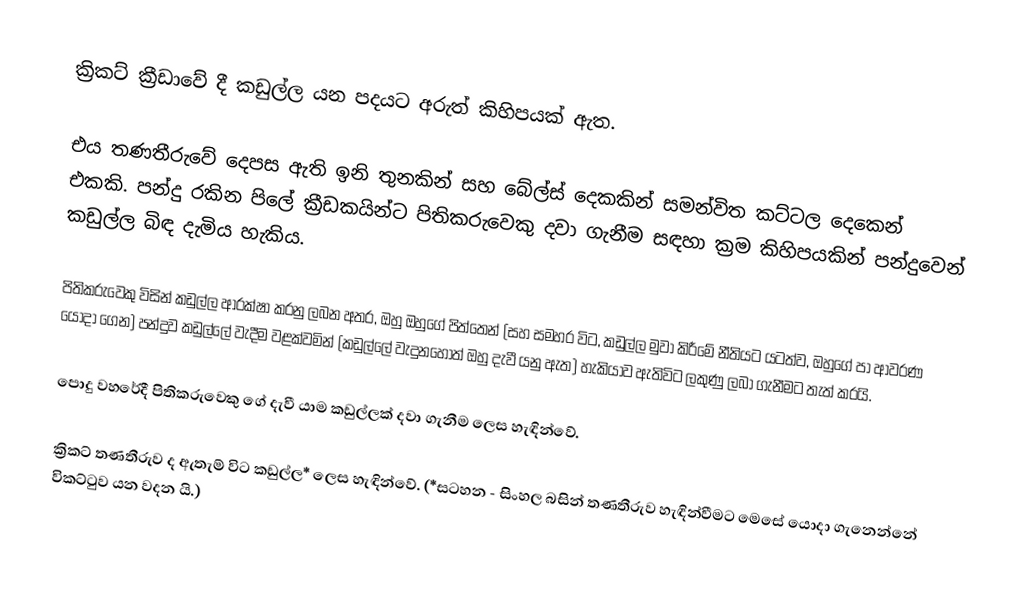
ක්‍රිකට් ක්‍රීඩාවේ දී කඩුල්ල යන පදයට අරුත් කිහිපයක් ඇත.

එය තණතීරුවේ දෙපස ඇති ඉනි තුනකින් සහ බේල්ස් දෙකකින් සමන්විත කට්ටල දෙකෙන් එකකි. පන්දු රකින පිලේ ක්‍රීඩකයින්ට පිතිකරුවෙකු දවා ගැනීම  සඳහා ක්‍රම කිහිපයකින් පන්දුවෙන් කඩුල්ල බිඳ දැමිය හැකිය.

පිතිකරුවෙකු විසින් කඩුල්ල ආරක්ෂා කරනු ලබන අතර, ඔහු ඔහුගේ පිත්තෙන් (සහ සමහර විට, කඩුල්ල මුවා කිරීමේ නීතියට යටත්ව, ඔහුගේ පා ආවරණ යොදා ගෙන) පන්දුව කඩුල්ලේ වැදීම වළක්වමින්  (කඩුල්ලේ වැදුනහොත් ඔහු දැවී යනු ඇත) හැකියාව ඇතිවිට ලකුණු ලබා ගැනීමට තැත් කරයි.

පොදු වහරේදී පිතිකරුවෙකු ගේ දැවී යාම කඩුල්ලක් දවා ගැනීම ලෙස හැඳින්වේ.

ක්‍රිකට් තණතීරුව ද ඇතැම් විට කඩුල්ල* ලෙස හැඳින්වේ. (*සටහන - සිංහල බසින්  තණතීරුව හැඳින්වීමට මෙසේ යොදා ගැනෙන්නේ විකට්ටුව යන වදන යි.)